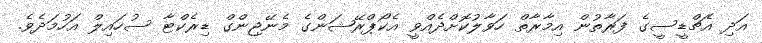
އަދި އެޗްޑީސީގެ ފަރާތުން އިމާރާތް ހަވާލުކޮށްދެއްވީ އެކޯޕްރޭޝަންގެ މެނޭޖިންގް ޑިރެކްޓާ ސުހައިލް އަހުމަދެވެ.